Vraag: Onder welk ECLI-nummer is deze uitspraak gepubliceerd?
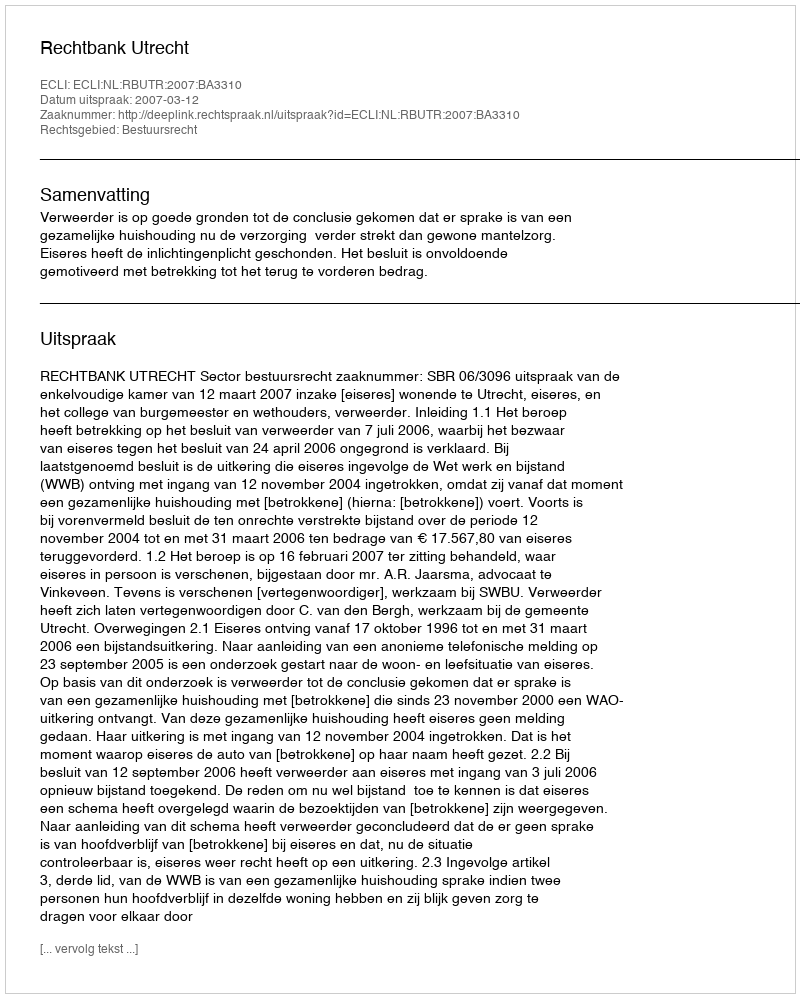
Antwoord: ECLI:NL:RBUTR:2007:BA3310